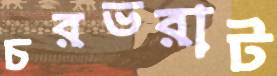
চরভরাট